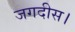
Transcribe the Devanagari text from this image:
जगदीस।